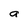
Character: a